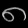
Digit: ၈